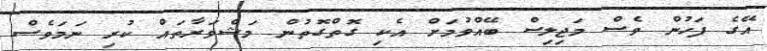
އޭގެ ފަހުން ވެސް މަޖިލިސް ބޭއްވުމަށް އެކި ގޮތްގޮތުން މަޝްވަރާތައް ކުރި ނަމަވެސް